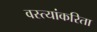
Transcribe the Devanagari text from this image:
वस्त्यांकरिता